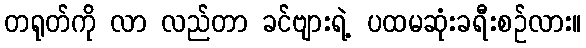
တရုတ်ကို လာ လည်တာ ခင်ဗျားရဲ့ ပထမဆုံးခရီးစဉ်လား။